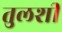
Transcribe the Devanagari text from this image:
तुलशी